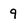
Character: 9